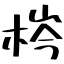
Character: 梣